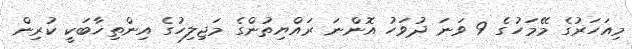
މިއަހަރުގެ މޭމަހުގެ 9 ވަނަ ދުވަހު އޮންނަ ރައްޔިތުންގެ މަޖިލިހުގެ އިންތިޚާބަކީ ކުރިން